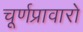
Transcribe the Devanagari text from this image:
चूर्णप्रावारो